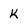
Character: k